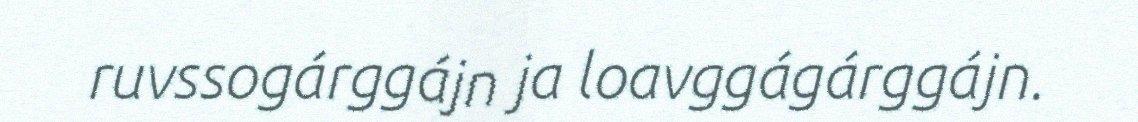
ruvssogárggájn ja loavggágárggájn.